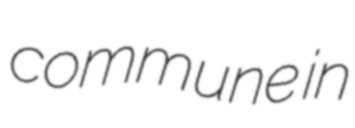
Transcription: commune in